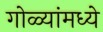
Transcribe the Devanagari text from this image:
गोळ्यांमध्ये